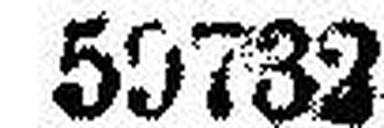
59732